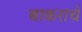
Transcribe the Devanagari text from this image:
बाकराचे